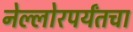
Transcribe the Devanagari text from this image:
नेल्लोरपर्यंतचा